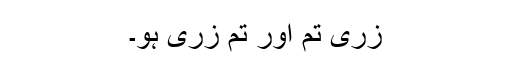
زری تم اور تم زری ہو۔